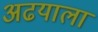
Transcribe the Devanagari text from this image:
अढयाला